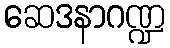
ဆေဒနာဂဏ္ဍ